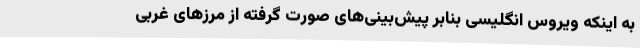
به اینکه ویروس انگلیسی بنابر پیش‌بینی‌های صورت گرفته از مرزهای غربی